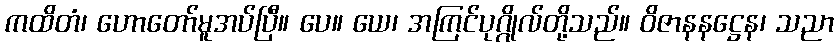
ကထိတံ၊ ဟောတော်မူအပ်ပြီ။ ပေ။ ယေ၊ အကြင်ပုဂ္ဂိုလ်တို့သည်။ ဝိဇာနနဋ္ဌေန၊ သညာ